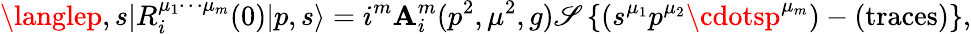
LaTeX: \langlep,s|R_{i}^{\mu_{1}\cdots\mu_{m}}(0)|p,s\rangle=i^{m}\mathbf{A}_{i}^{m}(p^{2},\mu^{2},g)\mathscr{S}\left\{ (s^{\mu_{1}}p^{\mu_{2}}\cdotsp^{\mu_{m}})-(\mathrm{{traces}})\right\} ,